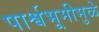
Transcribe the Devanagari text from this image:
पार्श्वभूमीमुळे